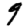
Digit: 9